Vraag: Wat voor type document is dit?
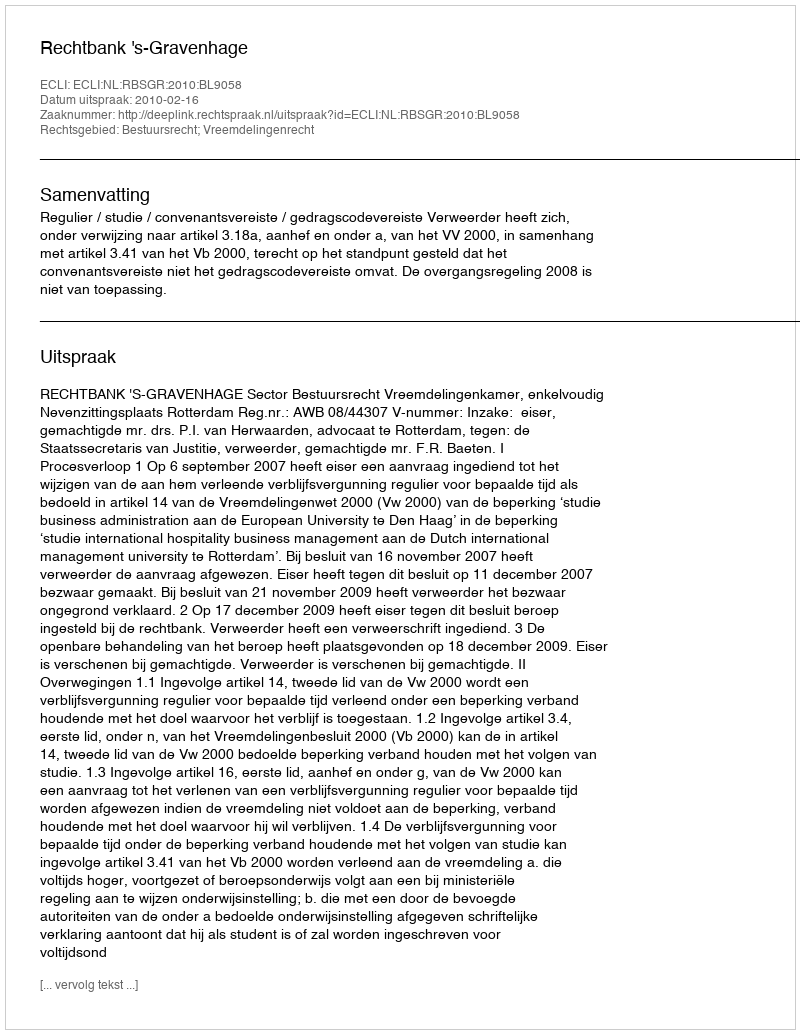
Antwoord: Uitspraak